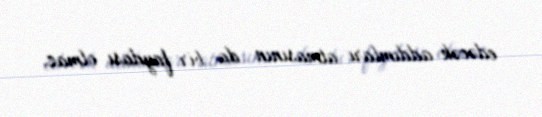
edəcək addımları atmasının da bir faydası olmaz.